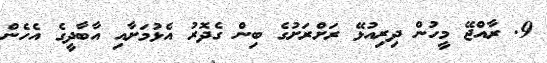
9. ރާއްޖޭ މީހުން ދިރިއުޅޭ ރަށްރަށުގެ ބިން ގެދޮރު އެޅުމަށާއި އާބާދީގެ އެހެން